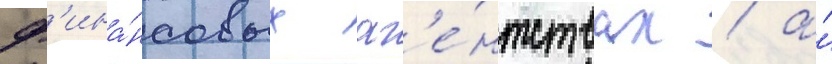
ф'ина́нсовых аг'е́нтствах / а́